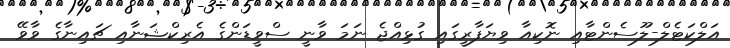
އަލްކަޓެލް-ލޫސެންޓާއި ނޮކިއާ ވިޔަފާރީގައި ގުޅިއްޖެ ނަމަ ވާނީ ސްވީޑަންގެ އެރިކްޝަނާއި ޗައިނާގެ ވާވޭ